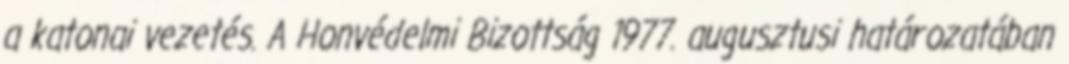
a katonai vezetés. A Honvédelmi Bizottság 1977. augusztusi határozatában